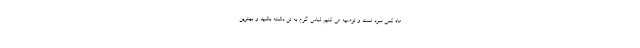
ماه کمی سرد است و توصیه می کنیم لباس گرم به تن داشته باشید و بهترین